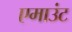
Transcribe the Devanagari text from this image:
एमाउंट